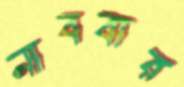
নাববার